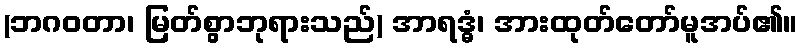
(ဘဂဝတာ၊ မြတ်စွာဘုရားသည်) အာရဒ္ဓံ၊ အားထုတ်တော်မူအပ်၏။